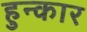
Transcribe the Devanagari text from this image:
हुन्कार